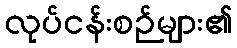
လုပ်ငန်းစဉ်များ၏